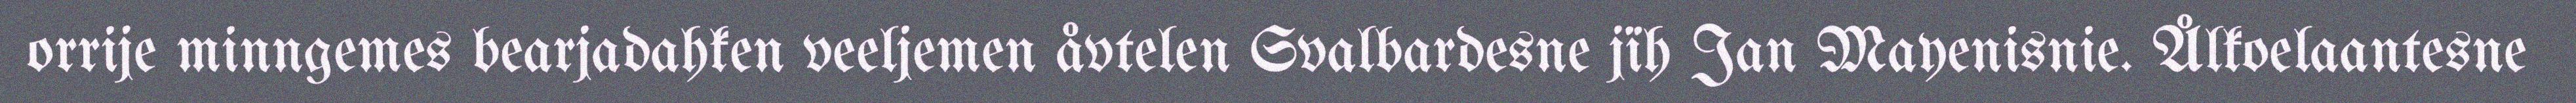
orrije minngemes bearjadahken veeljemen åvtelen Svalbardesne jïh Jan Mayenisnie. Ålkoelaantesne